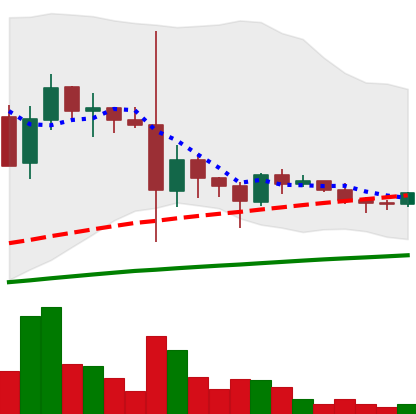
Ticker: DOGE-USD
Chart end date: 2021-05-31
Forward return: 14.231%
Label: up_7plus